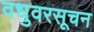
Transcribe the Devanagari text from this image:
वधुवरसूचन